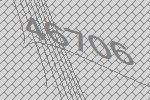
46706